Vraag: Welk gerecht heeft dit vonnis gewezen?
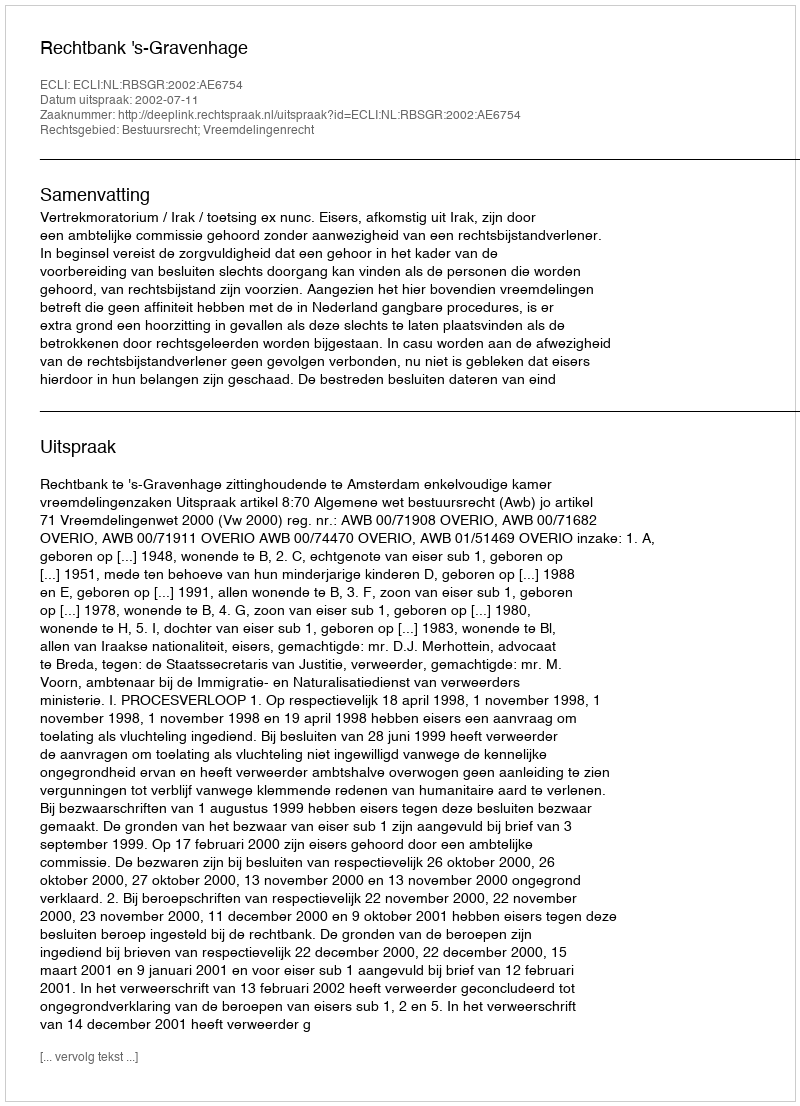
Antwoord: Rechtbank 's-Gravenhage